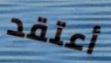
أعتقد